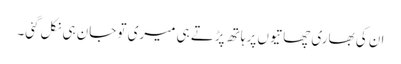
ان کی بھاری چھاتیوں پر ہاتھ پڑتے ہی میری تو جان ہی نکل گئی۔